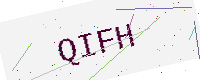
Text: QIFH